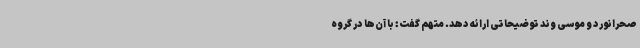
صحرانورد و موسی وند توضیحاتی ارائه دهد. متهم گفت: با آن‌ها در گروه